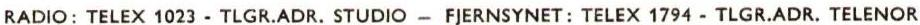
RADIO: TELEX 1023 - TLGR.ADR. STUDIO - FJERNSYNET: TELEX 1794 - TLGR.ADR. TELENOR